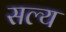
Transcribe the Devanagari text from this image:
सल्य